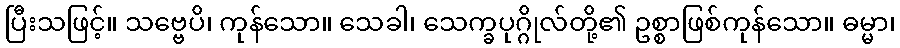
ပြီးသဖြင့်။ သဗ္ဗေပိ၊ ကုန်သော။ သေခါ၊ သေက္ခပုဂ္ဂိုလ်တို့၏ ဥစ္စာဖြစ်ကုန်သော။ ဓမ္မာ၊